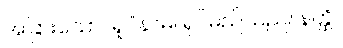
အခြားသော။ ရူပံနာမ၊ ရုပ်မည်သည်။ နတ္ထိ။